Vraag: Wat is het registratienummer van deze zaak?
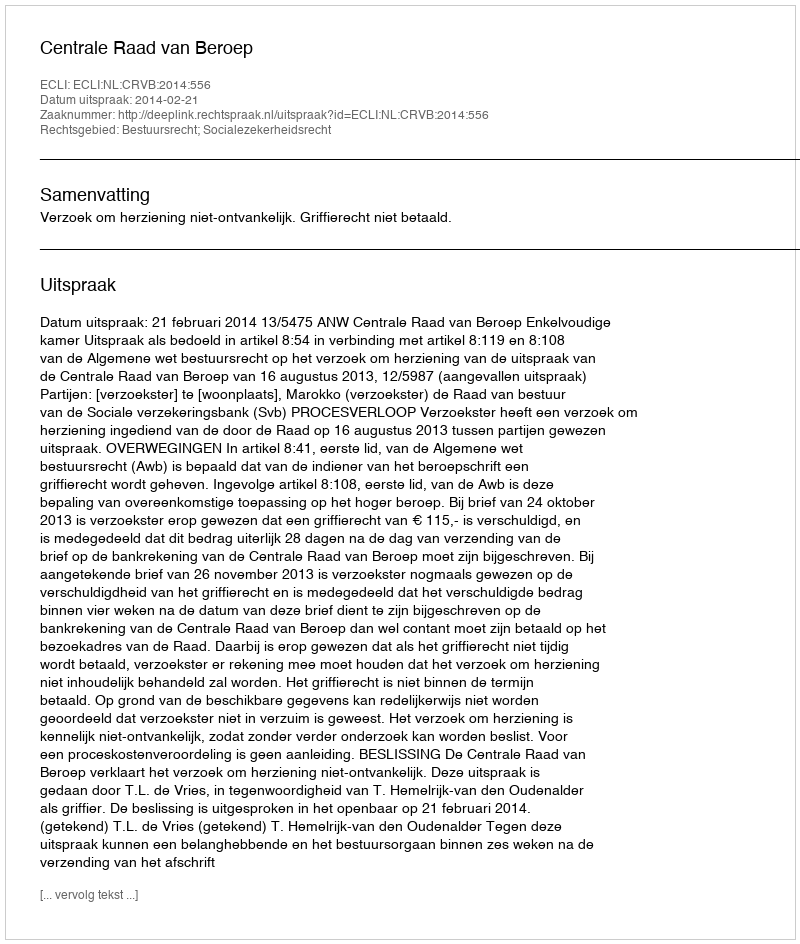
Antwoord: http://deeplink.rechtspraak.nl/uitspraak?id=ECLI:NL:CRVB:2014:556